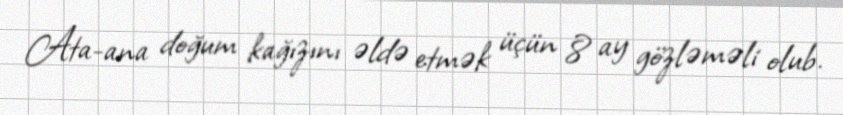
Ata-ana doğum kağızını əldə etmək üçün 8 ay gözləməli olub.